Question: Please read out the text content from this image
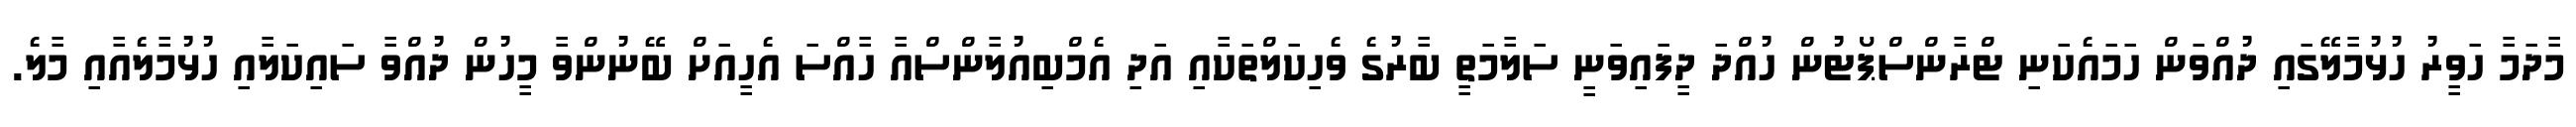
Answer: މާދަމާ ހަވީރު ހުޅުމާލޭގައި ދުއްވަން ހަމައެކަނި ޓްރާންސްޕޯޓުން ހުއްދަ ދީފައިވަނީ ސަލާމަތީ ބާރުގެ ވެހިކަލްތަކާއި އަދި އެމްބިއުލާންސްއާ ހާއްސަ އެހީއަށް ބޭނުންވާ މީހުން ދުއްވާ ސައިކަލާއި ހުޅުމާލެއާއި މާލެ.